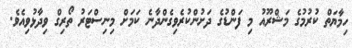
ހިމާޔަތް ކުރުމުގެ މަޝްރޫއު މި ފަންޑުގެ ދަށުންކުރެވިގެންދާނެ ކަމަށް މިނިސްޓަރު ތޯރިގް ވިދާޅުވިއެވެ.